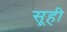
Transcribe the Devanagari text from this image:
सूही